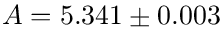
A = 5 . 3 4 1 \pm 0 . 0 0 3